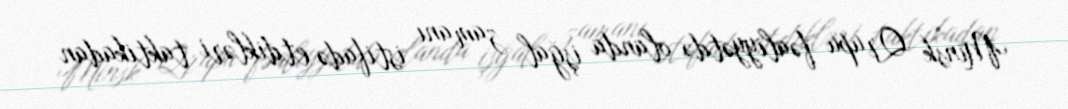
Minsk Qrupu fəaliyyətdə olanda işğal zamanı istifadə etdikləri taktikadan